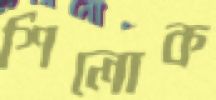
শিলোক